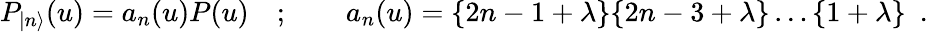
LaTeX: P_{|n\rangle}(u)=a_{n}(u)P(u)\quad;\qquad a_{n}(u)=\{ 2n-1+\lambda\} \{ 2n-3+\lambda\} \dots\{ 1+\lambda\} \, \, \, .